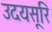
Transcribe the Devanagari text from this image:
उदयसूरि